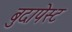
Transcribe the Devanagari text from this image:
बुदापेस्ट